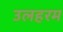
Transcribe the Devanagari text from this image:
उलहरम